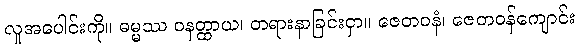
လူအပေါင်းကို။ ဓမ္မဿ ဝနတ္ထာယ၊ တရားနာခြင်းငှာ။ ဇေတဝနံ၊ ဇေတဝန်ကျောင်း